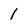
Character: 1